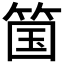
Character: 𫂆